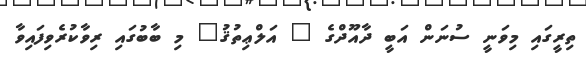
ތިރީގައި މިވަނީ ސުނަން އަބީ ދާއޫދްގެ " އަލްޢިތުޤު" މި ބާބުގައި ރިވާކުރެވިފައިވާ